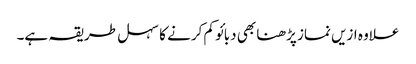
علاوہ ازیں نماز پڑھنا بھی دبائو کم کرنے کا سہل طریقہ ہے۔